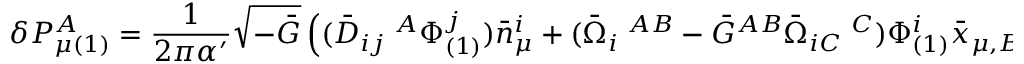
\delta P _ { \mu ( 1 ) } ^ { A } = \frac { 1 } { 2 \pi \alpha ^ { \prime } } \sqrt { - \bar { G } } \left( ( \bar { D } _ { i j } \; ^ { A } \Phi _ { ( 1 ) } ^ { j } ) \bar { n } _ { \mu } ^ { i } + ( \bar { \Omega } _ { i } \; ^ { A B } - \bar { G } ^ { A B } \bar { \Omega } _ { i C } \; ^ { C } ) \Phi _ { ( 1 ) } ^ { i } \bar { x } _ { \mu , B } \right)